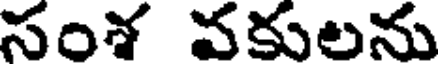
సంశ వకులను